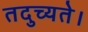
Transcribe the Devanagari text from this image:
तदुच्यते।